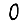
Digit: 0